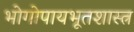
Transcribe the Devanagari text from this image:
भोगोपायभूतशास्त्र